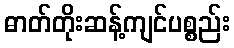
ဓာတ်တိုးဆန့်ကျင်ပစ္စည်း